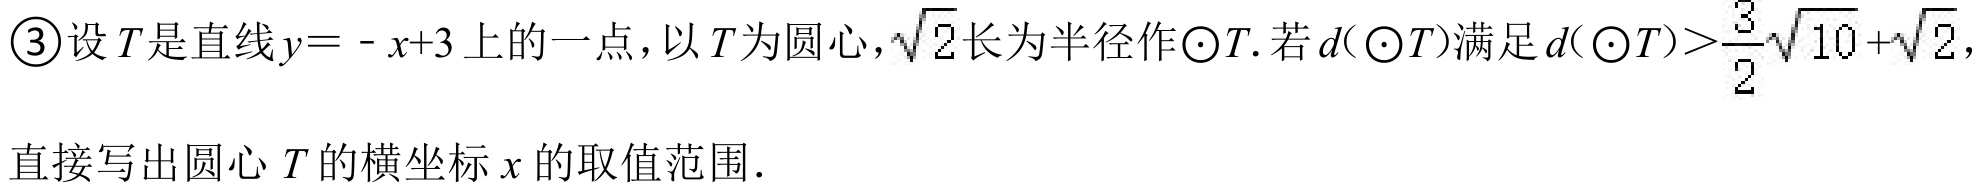
\textcircled{3}设\(T\)是直线\(y = -x + 3\)上的一点，以\(T\)为圆心，\(\sqrt{2}\)长为半径作\(\odot T\). 若\(d(\odot T)\)满足\(d(\odot T)>\frac{3}{2}\sqrt{10}+\sqrt{2}\)，
直接写出圆心\(T\)的横坐标\(x\)的取值范围.